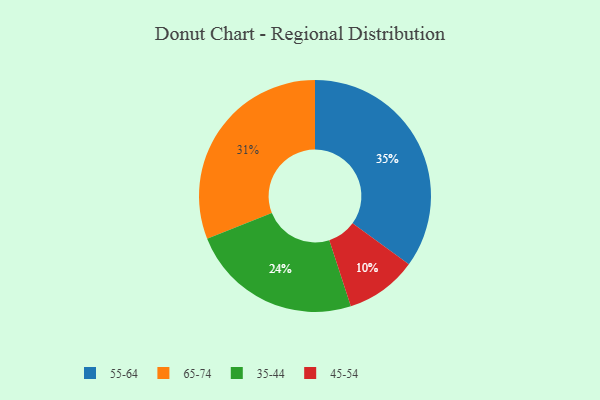
{"axis": {"x": "Category", "y": "Percentage"}, "legend": ["35-44", "45-54", "55-64", "65-74"], "data": [{"x": "55-64", "y": 35, "type": "55-64"}, {"x": "45-54", "y": 10, "type": "45-54"}, {"x": "65-74", "y": 31, "type": "65-74"}, {"x": "35-44", "y": 24, "type": "35-44"}]}